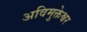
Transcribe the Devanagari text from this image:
अविमुक्तेश्वर